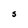
Character: S